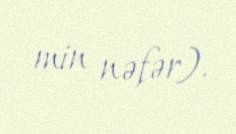
min nəfər).